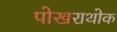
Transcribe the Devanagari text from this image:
पोखराथोक